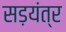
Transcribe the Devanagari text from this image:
सड़यंत्र